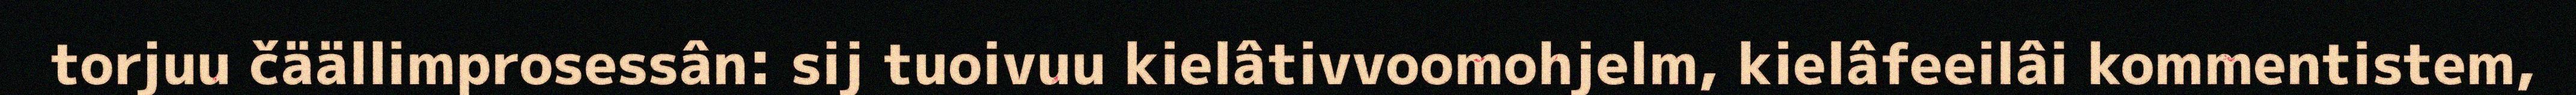
torjuu čäällimprosessân: sij tuoivuu kielâtivvoomohjelm, kielâfeeilâi kommentistem,